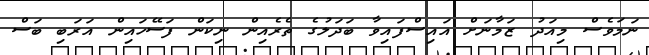
ނަމަވެސް މިއަދު ޒަމާނަށް އައިސްފައިވާ ބަދަލުގެ ތެރެއިން ނިކަން ފަސޭހައިން އަރަބި ބަސް